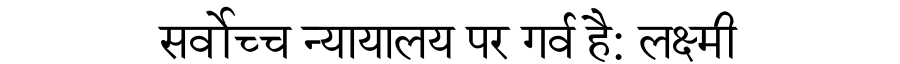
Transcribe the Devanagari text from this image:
सर्वोच्च न्यायालय पर गर्व है: लक्ष्मी